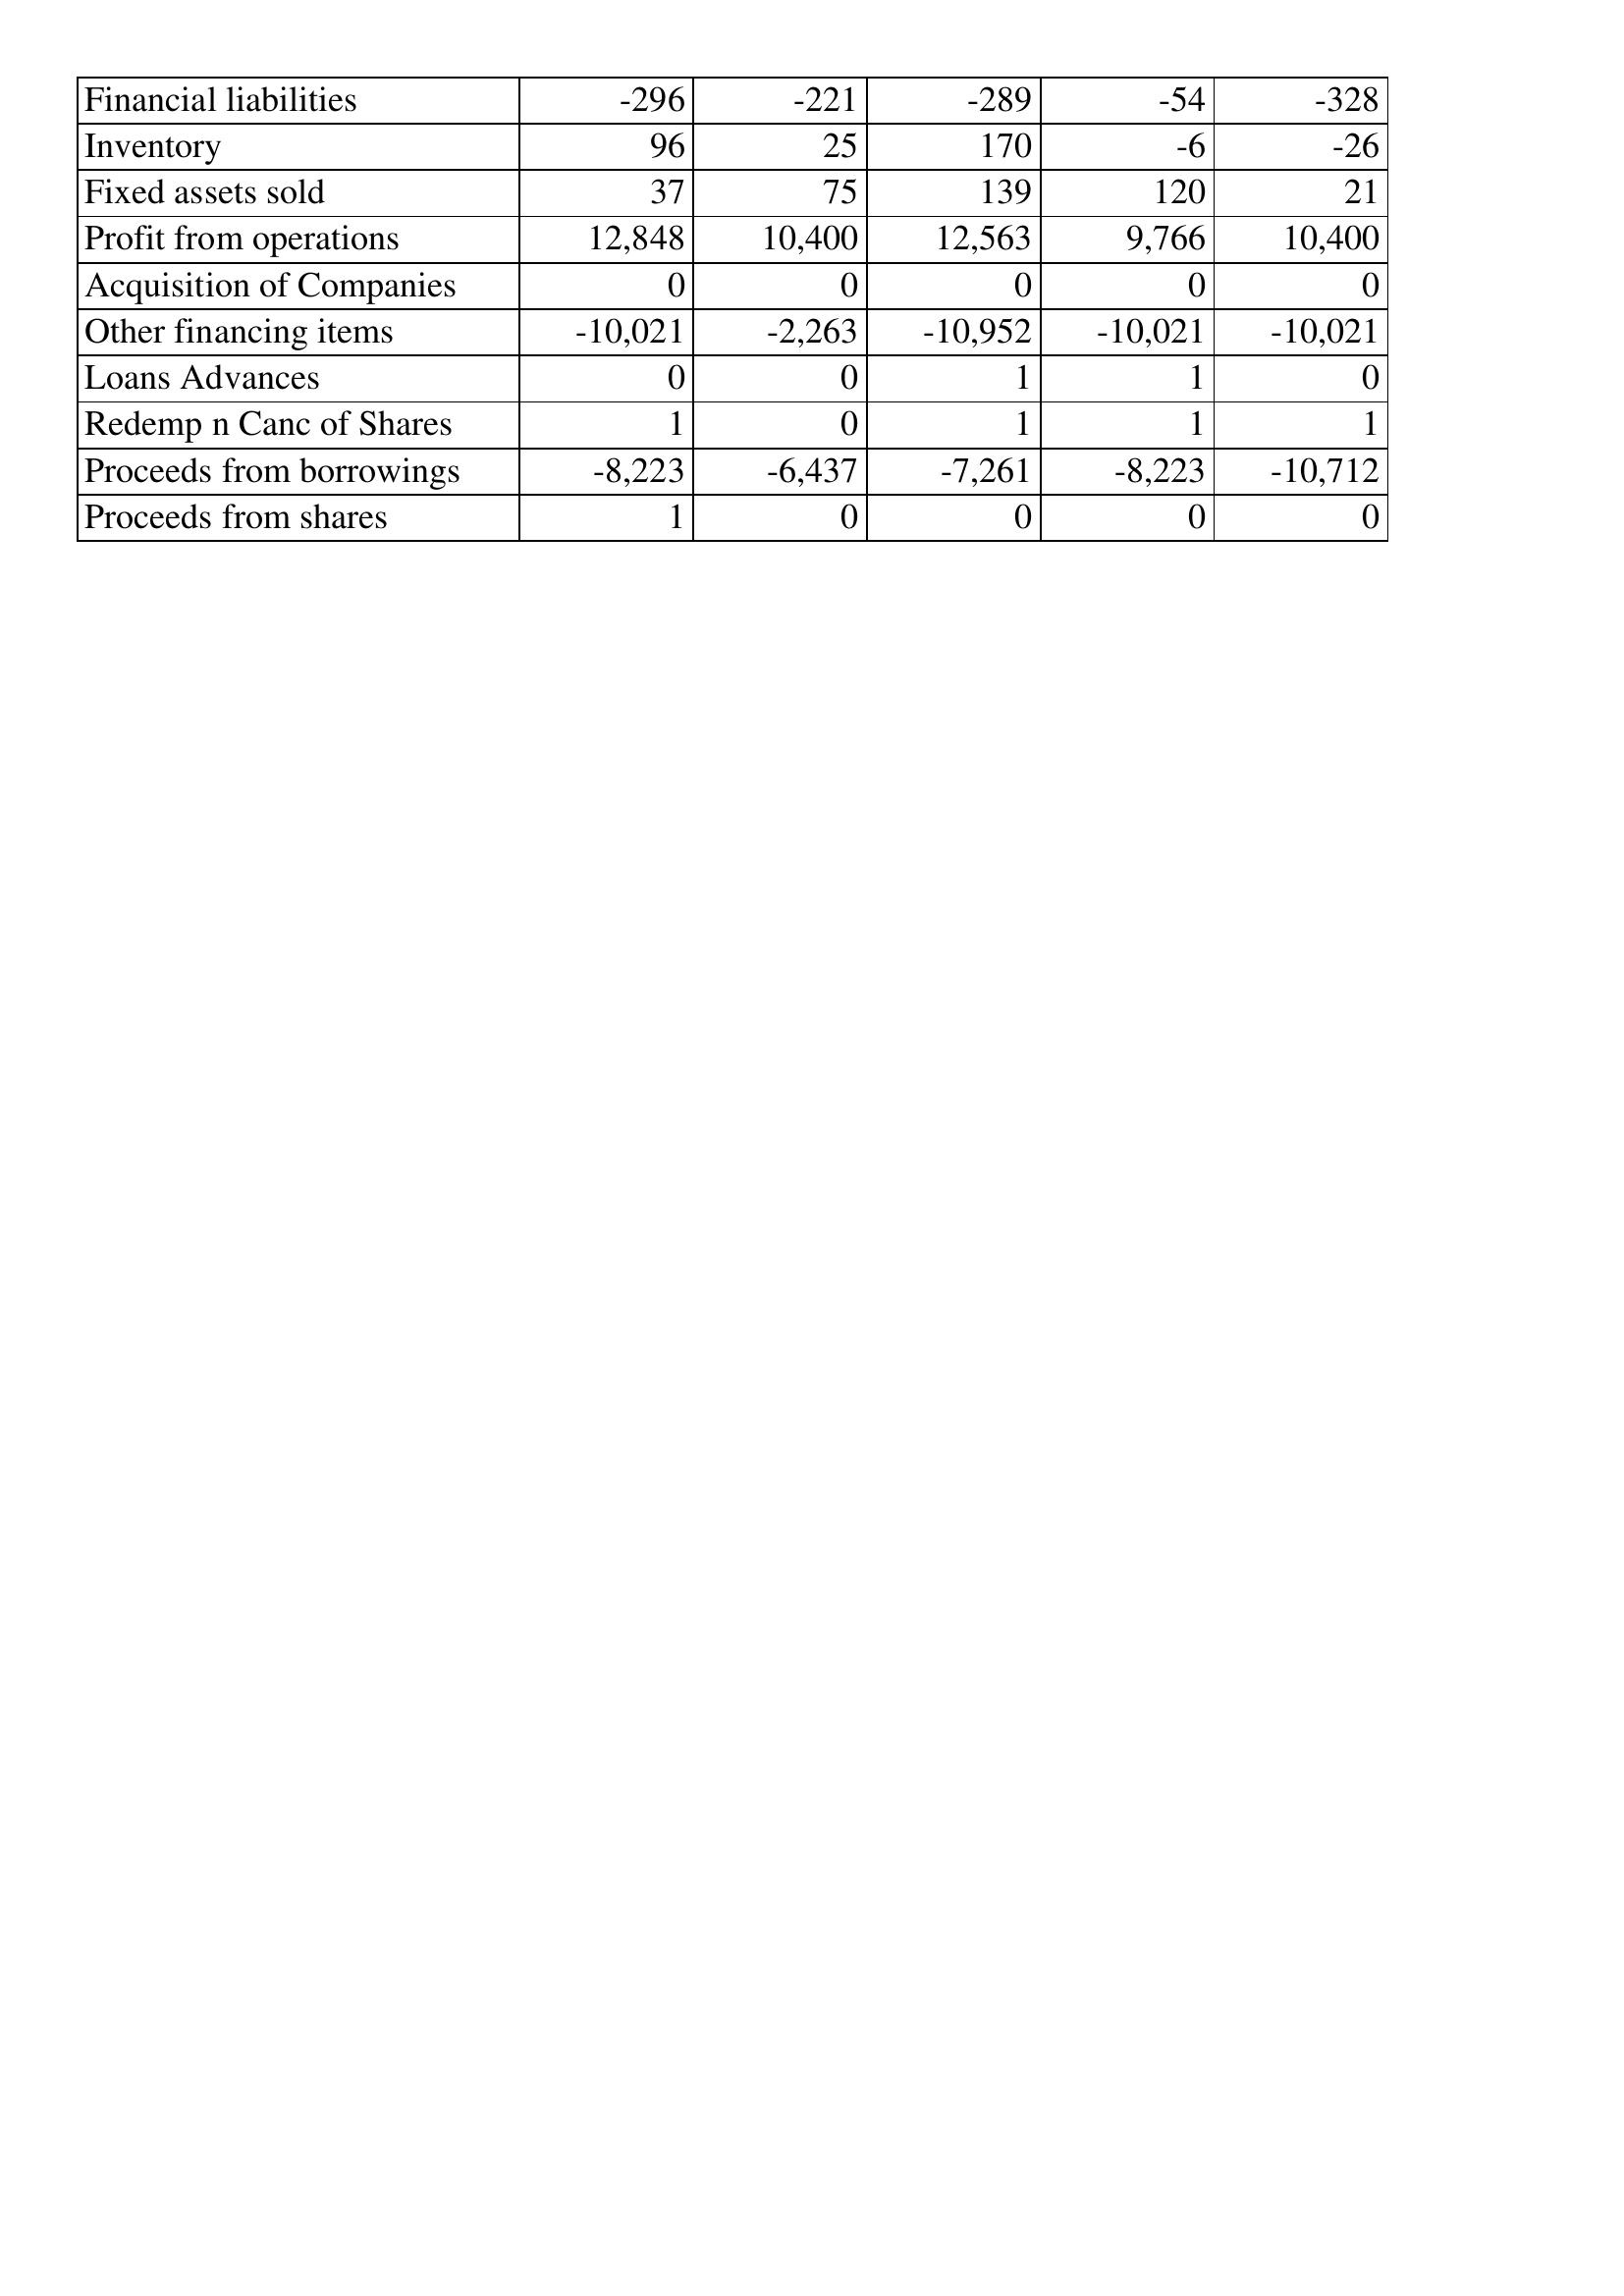
Sep-09: Cash Flows: Financial liabilities: -296
Inventory: 96
Fixed assets sold: 37
Profit from operations: 12,848
Acquisition of Companies: 0
Other financing items: -10,021
Loans Advances: 0
Redemp n Canc of Shares: 1
Proceeds from borrowings: -8,223
Proceeds from shares: 1
Sep-08: Cash Flows: Financial liabilities: -221
Inventory: 25
Fixed assets sold: 75
Profit from operations: 10,400
Acquisition of Companies: 0
Other financing items: -2,263
Loans Advances: 0
Redemp n Canc of Shares: 0
Proceeds from borrowings: -6,437
Proceeds from shares: 0
Sep-07: Cash Flows: Financial liabilities: -289
Inventory: 170
Fixed assets sold: 139
Profit from operations: 12,563
Acquisition of Companies: 0
Other financing items: -10,952
Loans Advances: 1
Redemp n Canc of Shares: 1
Proceeds from borrowings: -7,261
Proceeds from shares: 0
Sep-06: Cash Flows: Financial liabilities: -54
Inventory: -6
Fixed assets sold: 120
Profit from operations: 9,766
Acquisition of Companies: 0
Other financing items: -10,021
Loans Advances: 1
Redemp n Canc of Shares: 1
Proceeds from borrowings: -8,223
Proceeds from shares: 0
Sep-05: Cash Flows: Financial liabilities: -328
Inventory: -26
Fixed assets sold: 21
Profit from operations: 10,400
Acquisition of Companies: 0
Other financing items: -10,021
Loans Advances: 0
Redemp n Canc of Shares: 1
Proceeds from borrowings: -10,712
Proceeds from shares: 0